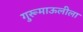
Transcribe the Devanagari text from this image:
गुरूमाऊलीला